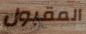
المقبول